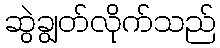
ဆွဲချွတ်လိုက်သည်